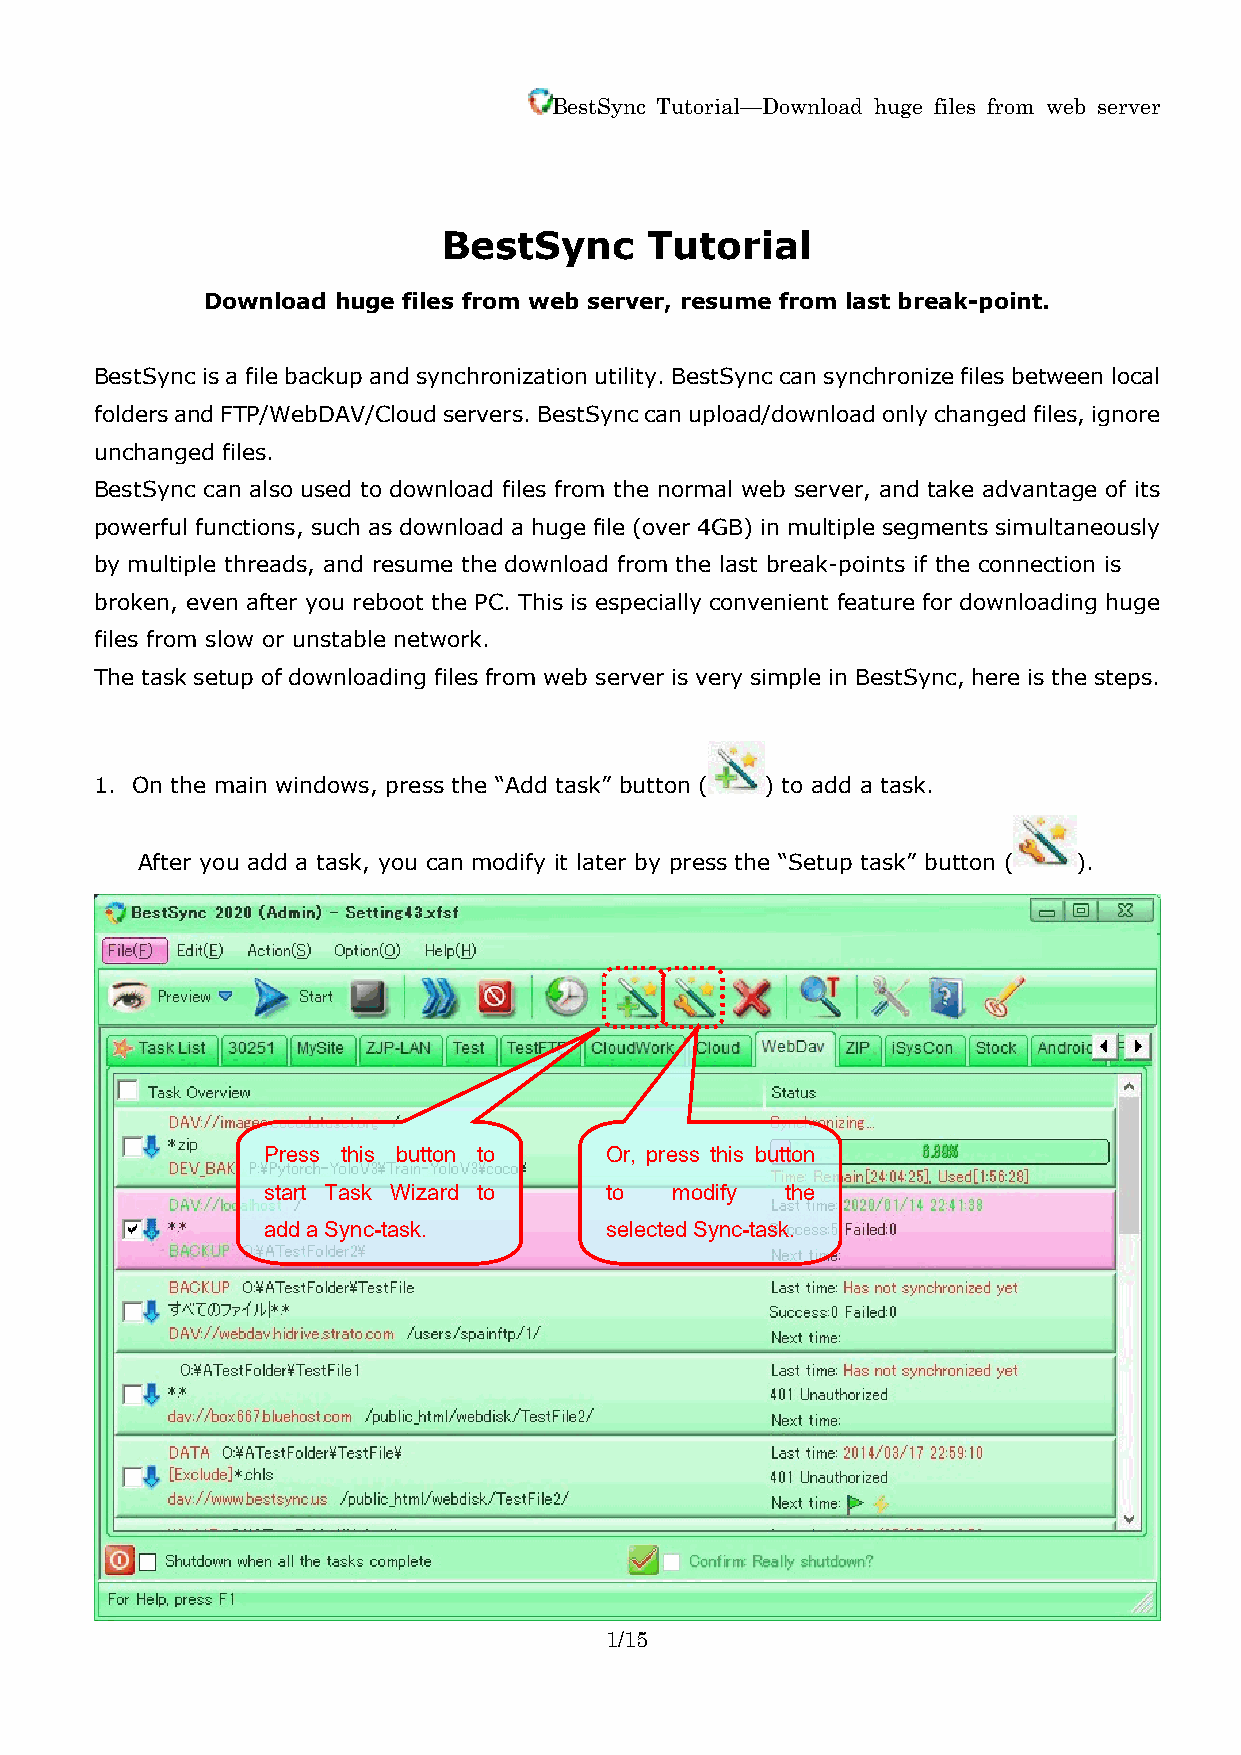
BestSync Tutorial—Download huge files from web server
 BestSync      Tutorial
 Download huge files from web server, resume from last break-point.
 BestSync is a file backup and synchronization utility. BestSync can synchronize files between local
 folders and FTP/WebDAV/Cloud servers. BestSync can upload/download only changed files, ignore
 unchanged files.
 BestSync can also used to download files from the normal web server, and take advantage of its
 powerful functions, such as download a huge file (over 4GB) in multiple segments simultaneously
 by multiple threads, and resume the download from the last break-points if the connection is
 broken, even after you reboot the PC. This is especially convenient feature for downloading huge
 files from slow or unstable network.
 The task setup of downloading files from web server is very simple in BestSync, here is the steps.
 1. On the main windows, press the “Add task” button ( ) to add a task.
 After you add a task, you can modify it later by press the “Setup task” button ( ).
 The task wizard starts up.
 Press this button to   Or, press this button
 start Task Wizard to   to  modify  the
 add a Sync-task.       selected Sync-task.
 1/15